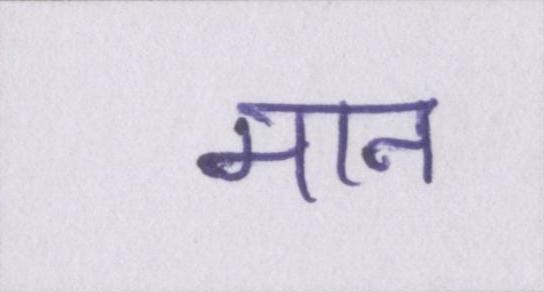
मान